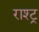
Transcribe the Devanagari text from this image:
राश्ट्र